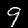
Digit: 9